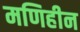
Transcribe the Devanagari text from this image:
मणिहीन